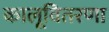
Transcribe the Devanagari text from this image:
कालूवितरणा